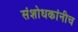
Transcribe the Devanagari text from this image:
संशोधकांनीच